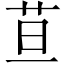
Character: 𦬹